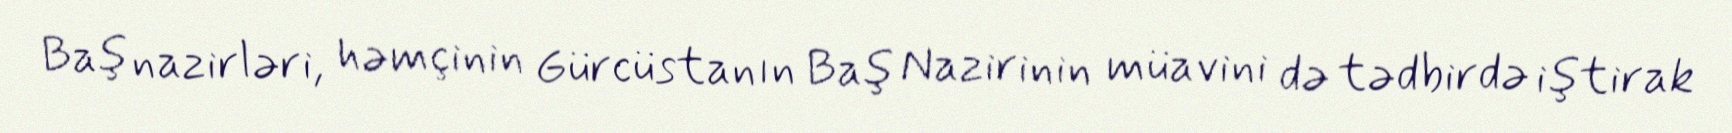
Baş nazirləri, həmçinin Gürcüstanın Baş Nazirinin müavini də tədbirdə iştirak